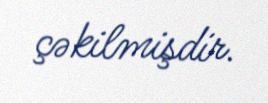
çəkilmişdir.